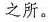
之所。